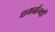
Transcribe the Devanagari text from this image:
धमर्ग्रन्थों